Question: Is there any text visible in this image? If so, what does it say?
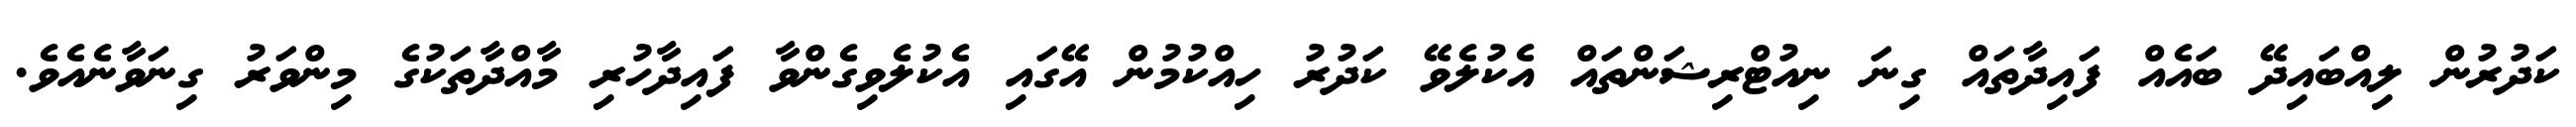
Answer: ކަދުރުން ލިއްބައިދޭ ބައެއް ފައިދާތައް ގިނަ ނިއުޓްރިޝަންތައް އެކުލެވޭ ކަދުރު ހިއްކުމުން އޭގައި އެކުލެވިގެންވާ ފައިދާހުރި މާއްދާތަކުގެ މިންވަރު ގިނަވާނެއެވެ.